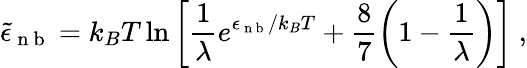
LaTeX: \tilde{\epsilon}_{\mathrm{~n~b~}}=k_{B}T\ln\left[\frac{1}{\lambda}e^{\epsilon_{\mathrm{~n~b~}}/k_{B}T}+\frac{8}{7}\left(1-\frac{1}{\lambda}\right)\right]~,